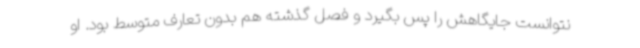
نتوانست جایگاهش را پس بگیرد و فصل گذشته هم بدون تعارف متوسط بود. او